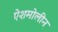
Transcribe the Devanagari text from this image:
ऐशमोलीन